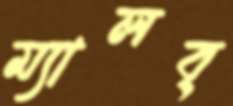
ম্যালব্